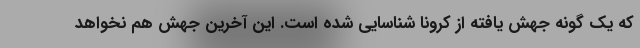
که یک گونه جهش یافته از کرونا شناسایی شده است. این آخرین جهش هم نخواهد